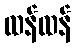
ထန်ထန်